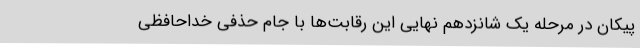
پیکان در مرحله یک شانزدهم نهایی این رقابت‌ها با جام حذفی خداحافظی